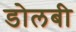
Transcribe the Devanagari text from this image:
डोलबी